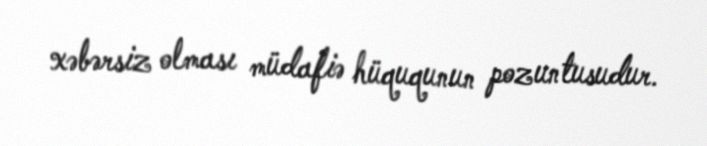
xəbərsiz olması müdafiə hüququnun pozuntusudur.